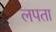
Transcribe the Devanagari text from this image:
लपता